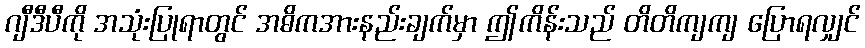
ဂျီဒီပီကို အသုံးပြုရာတွင် အဓိကအားနည်းချက်မှာ ဤကိန်းသည် တိတိကျကျ ပြောရလျှင်